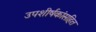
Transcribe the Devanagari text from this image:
उपशीर्षकांसहित